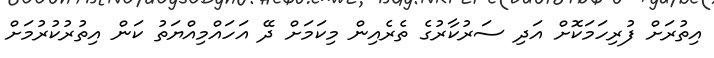
އިތުރަށް ފުރިހަމަކޮށް އަދި ސަރުކާރުގެ ތެރެއިން މިކަމަށް ދޭ އަހައްމިއްޔަތު ކަން އިތުރުކުރުމަށް